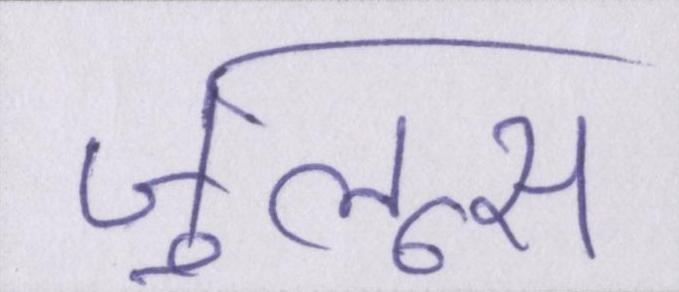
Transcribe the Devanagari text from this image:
जुलूस